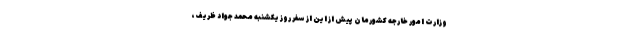
وزارت امور خارجه کشورمان پیش از این از سفر روز یکشنبه محمد جواد ظریف،